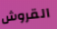
القروش